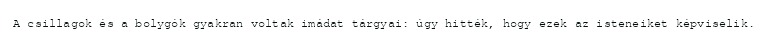
A csillagok és a bolygók gyakran voltak imádat tárgyai: úgy hitték, hogy ezek az isteneiket képviselik.